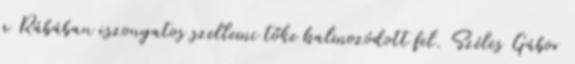
a Rábában iszonyatos szellemi tőke halmozódott fel. Széles Gábor